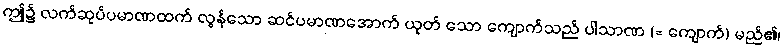
ဤ၌ လက်ဆုပ်ပမာဏထက် လွန်သော ဆင်ပမာဏအောက် ယုတ် သော ကျောက်သည် ပါသာဏ (= ကျောက်) မည်၏၊